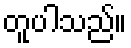
တူပါသည်။